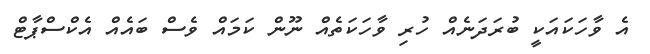
އެ ވާހަކައަކީ ބުރަދަނެއް ހުރި ވާހަކަތެއް ނޫން ކަމައް ވެސް ބައެއް އެކްސްޕާޓް